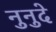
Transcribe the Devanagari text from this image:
नुनुदे